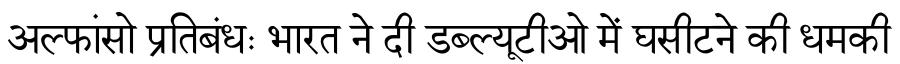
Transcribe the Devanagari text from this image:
अल्फांसो प्रतिबंधः भारत ने दी डब्ल्यूटीओ में घसीटने की धमकी